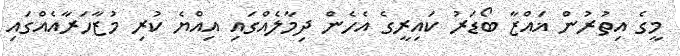
މީގެ އިތުރުން ޣައްޒާ ބޯޑަރު ކައިރީގެ އެހެން ދިމާލެއްގައި އިއްޔެ ކުރި މުޒާހަރާއެއްގައި